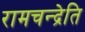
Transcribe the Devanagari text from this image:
रामचन्द्रेति